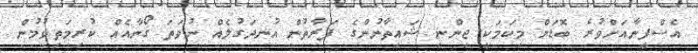
އެސްފީނާއަށްވުރެ ބޮޑަށް މިކަމަކީ ޖިންނި ޝައިތާނުންގެ ފަރާތުން އުނދަގުލެއް ނުވަތަ ގޯނާއެއް ކުރިމަތިވުމުން